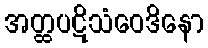
အတ္ထပဋိသံဝေဒိနော